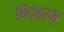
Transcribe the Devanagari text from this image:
चिंदंबरम्